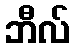
ဘီလ်